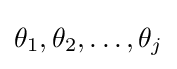
\theta _{1},\theta _{2},\ldots ,\theta _{j}